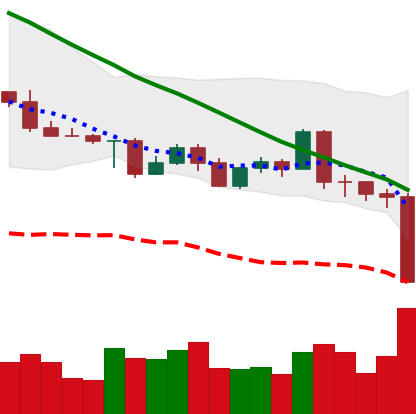
Ticker: LTC-USD
Chart end date: 2022-05-09
Forward return: -11.554%
Label: down_7plus